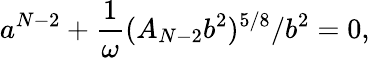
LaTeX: a^{N-2}+\frac{1}{\omega}(A_{N-2}b^{2})^{5/8}/b^{2}=0,